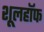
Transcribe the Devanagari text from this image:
शूलहॉफ